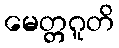
မေတ္တဂူတိ